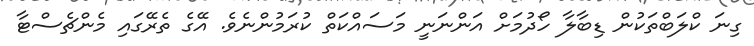
ގިނަ ކްލަބްތަކުން ޑިބާލާ ހޯދުމަށް އަންނަނީ މަސައްކަތް ކުރަމުންނެވެ. އޭގެ ތެރޭގައި މެންޗެސްޓާ